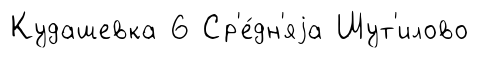
Кудашевка 6 Ср'е́дн'яjа Шут'илово